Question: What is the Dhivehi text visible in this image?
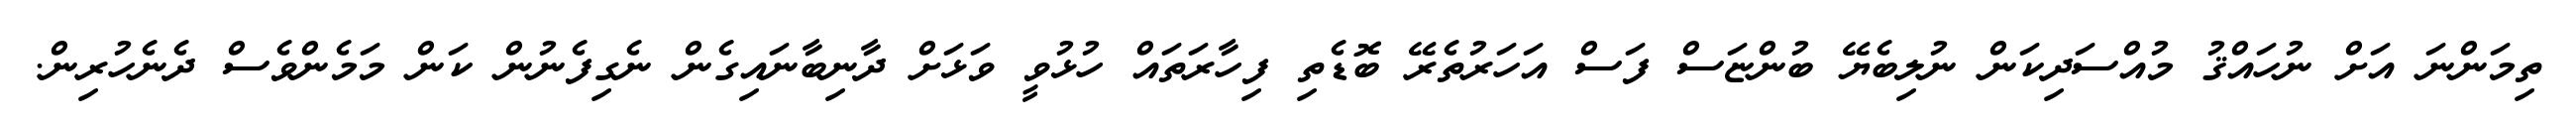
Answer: ތިމަންނަ އަށް ނުހައްޤު މުއްސަދިކަން ނުލިބެޔޭ ބުންޏަސް ފަސް އަހަރުތެރޭ ބޮޑެތި ފިހާރަތައް ހުޅުވީ ވަޅަށް ދާނިބާނައިގެން ނެގިފެނުން ކަން މަމެންވެސް ދެނެހުރިން.